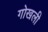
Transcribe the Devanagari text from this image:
गोखली